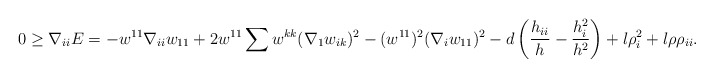
\begin{align*}0\geq \nabla_{ii}E&=-w^{11}\nabla_{ii}w_{11}+2w^{11}\sum w^{kk}(\nabla_{1}w_{ik})^{2}-(w^{11})^{2}(\nabla_{i}w_{11})^{2}-d\left(\frac{h_{ii}}{h}-\frac{h^{2}_{i}}{h^{2}}\right)+l\rho^{2}_{i}+l\rho \rho_{ii}.\end{align*}